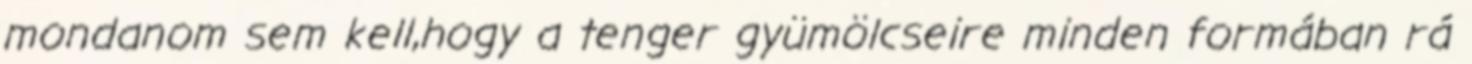
mondanom sem kell,hogy a tenger gyümölcseire minden formában rá